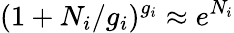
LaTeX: (1+N_{i}/g_{i})^{g_{i}}\approx e^{N_{i}}